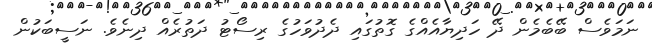
ނަމަވެސް ބޭބެމެން ދޭ ހަދިޔާއެއްގެ ގޮތުގައި ދެދުވަހުގެ ރިސޯޓު ދަތުރެއް ދިނެވެ. ނަސީބަކުން